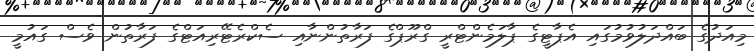
މިއަދުގެ ބައްދަލުވުމުގައި އެޕާޓީގެ ޕާލަމެންޓްރީ ގްރޫޕްގެ ފަރާތުންނާއި ސެކްރެޓޭރިއަޓްގެ ފަރާތުން ވެސް ގައުމީ